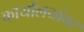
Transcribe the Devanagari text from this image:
कार्यालयांवर